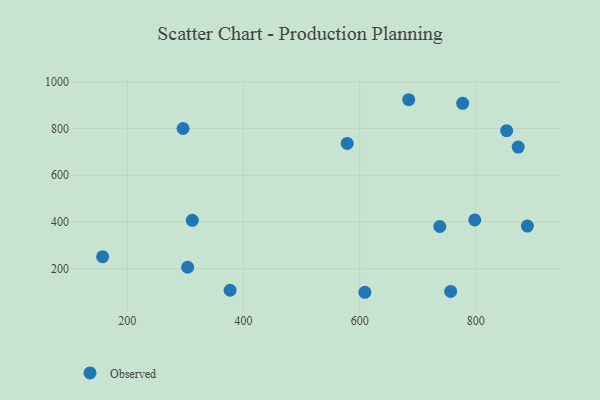
{"axis": {"x": "Distance", "y": "Profit"}, "legend": ["Observed"], "data": [{"x": "684.4", "y": 923.4, "type": "Observed"}, {"x": "578.5", "y": 736.2, "type": "Observed"}, {"x": "737.9", "y": 380.6, "type": "Observed"}, {"x": "303.8", "y": 206.3, "type": "Observed"}, {"x": "311.8", "y": 407.2, "type": "Observed"}, {"x": "295.9", "y": 800.2, "type": "Observed"}, {"x": "777.3", "y": 907.9, "type": "Observed"}, {"x": "853.0", "y": 791.0, "type": "Observed"}, {"x": "872.9", "y": 720.9, "type": "Observed"}, {"x": "376.9", "y": 107.8, "type": "Observed"}, {"x": "888.7", "y": 382.3, "type": "Observed"}, {"x": "756.6", "y": 102.9, "type": "Observed"}, {"x": "157.4", "y": 251.2, "type": "Observed"}, {"x": "608.9", "y": 99.1, "type": "Observed"}, {"x": "798.1", "y": 408.8, "type": "Observed"}]}